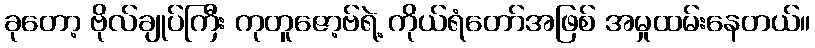
ခုတော့ ဗိုလ်ချုပ်ကြီး ကုတူဇော့ဗ်ရဲ့ ကိုယ်ရံတော်အဖြစ် အမှုထမ်းနေတယ်။